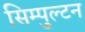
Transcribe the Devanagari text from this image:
सिम्पुल्टन